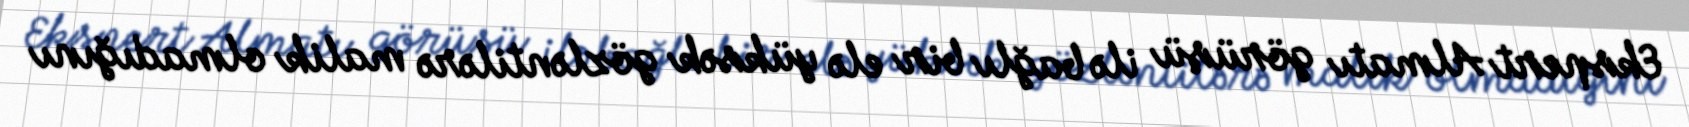
Ekspert Almatı görüşü ilə bağlı bir elə yüksək gözləntilərə malik olmadığını